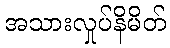
အသားလှုပ်နိမိတ်